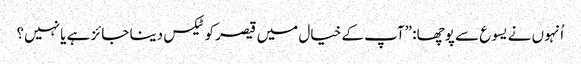
‏ اُنہوں نے یسوع سے پوچھا:‏ ”‏آپ کے خیال میں قیصر کو ٹیکس دینا جائز ہے یا نہیں؟